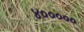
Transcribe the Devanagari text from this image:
४०००००